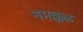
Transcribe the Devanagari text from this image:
नमक्कळ